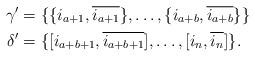
LaTeX: \begin{align*}\gamma' &= \{\{i_{a+1},\overline{i_{a+1}}\},\ldots,\{i_{a+b},\overline{i_{a+b}}\}\}\\\delta' &= \{[i_{a+b+1},\overline{i_{a+b+1}}],\ldots,[i_n,\overline{i_n}]\}.\end{align*}